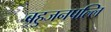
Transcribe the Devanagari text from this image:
बहुजनपल्लि